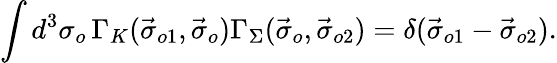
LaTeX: \int d^{3}\sigma_{o}\, \Gamma_{K}(\vec{\sigma}_{o1},\vec{\sigma}_{o})\Gamma_{\Sigma}(\vec{\sigma}_{o},\vec{\sigma}_{o2})=\delta(\vec{\sigma}_{o1}-\vec{\sigma}_{o2}).